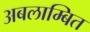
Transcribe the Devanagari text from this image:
अबलाम्बित